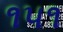
૧૫૧